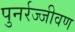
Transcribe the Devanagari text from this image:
पुनर्रज्जीवण